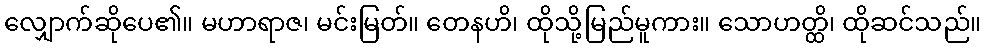
လျှောက်ဆိုပေ၏။ မဟာရာဇ၊ မင်းမြတ်။ တေနဟိ၊ ထိုသို့မြည်မူကား။ သောဟတ္ထိ၊ ထိုဆင်သည်။